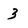
Character: 3